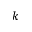
k